Vaccination in the Punjab 1905-1918 - 1905-1918
Year: 1905
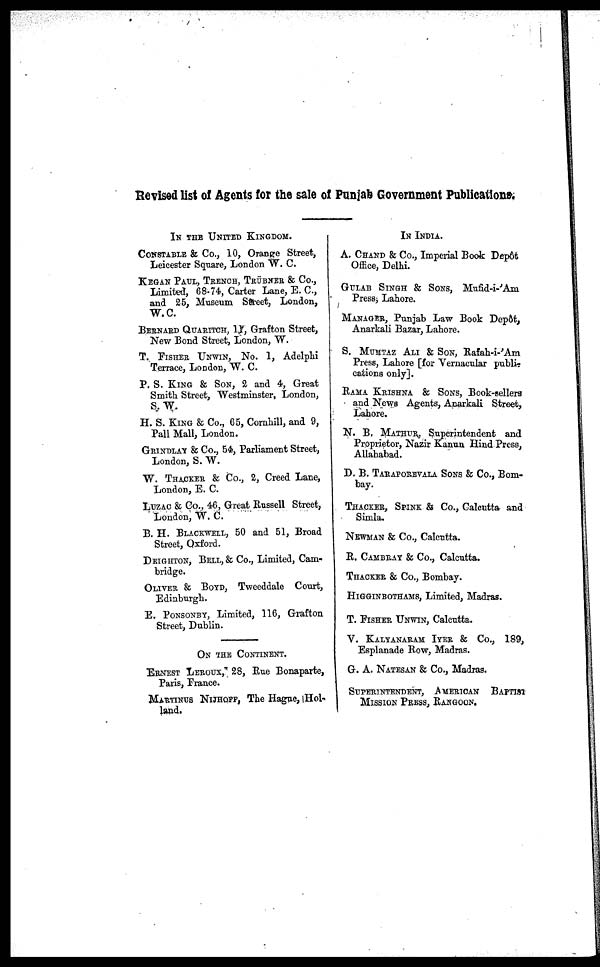
Revised list of Agents for the sale of Punjab Government Publications.
IN THE UNITED KINGDOM.
CONSTABLE & Co., 10, Orange Street,
Leicester Square, London W. C.
KEGAN PAUL, TRENCH, TRÜBNER & Co.,
Limited, 68-74, Carter Lane, E. C.,
and 25, Museum Street, London,
W.C.
BERNARD QUARITCH, 11, Grafton Street,
New Bond Street, London, W.
T. FISHER UNWIN, No. 1, Adelphi
Terrace, London, W. C.
P.S.KING & SON, 2 and 4, Great
Smith Street, Westminster, London,
S.W.
H. S. KING & Co., 65, Cornhill, and 9,
Pall Mall, London.
GRINDLAY & Co., 54, Parliament Street,
London, S. W.
W. THACKER & Co., 2, Creed Lane,
London, E. C.
LUZAC & Co., 46, Great Russell Street,
London, W. C.
B. H. BLACKWELL, 50 and 51, Broad
Street, Oxford.
DEIGHTON, BELL, & Co., Limited, Cam-
bridge.
OLIVER & BOYD, Tweeddale Court,
Edinburgh.
E. PONSONBY, Limited, 116, Grafton
Street, Dublin.
ON THE CONTINENT.
ERNEST LEROUX, 28, Rue Bonaparte,
Paris, France.
MARTINUS NIJHOFF, The Hague, Hol-
land.
IN INDIA.
A. CHAND & Co., Imperial Book Depôt
Office, Delhi.
GULAB SINGH & SONS, Mufid-i-'Am
Press, Lahore.
MANAGER, Punjab Law Book Depôt,
Anarkali Bazar, Lahore.
S. MUMTAZ ALI & SON, Rafah-i-'Am
Press, Lahore [for Vernacular publi-
cations only].
RAMA KRISHNA & SONS, Book-sellers
and News Agents, Anarkali Street,
Lahore.
N. B. MATHUR, Superintendent and
Proprietor, Nazir Kanun Hind Press,
Allahabad.
D. B. TARAPOREVALA SONS & Co., Bom-
bay.
THACKER, SPINK & Co., Calcutta and
Simla.
NEWMAN & Co., Calcutta.
R. CAMBRAY & Co., Calcutta.
THACKER & Co., Bombay.
HIGGINBOTHAMS, Limited, Madras.
T. FISHER UNWIN, Calcutta.
V. KALYANARAM IYER & Co., 189,
Esplanade Row, Madras.
G. A. NATESAN & Co., Madras.
SUPERINTENDENT, AMERICAN BAPTIST
MISSION PRESS, RANGOON.